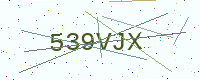
Text: 539VJX